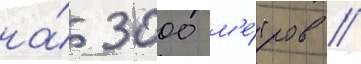
на́ 3000 м'е́тров /